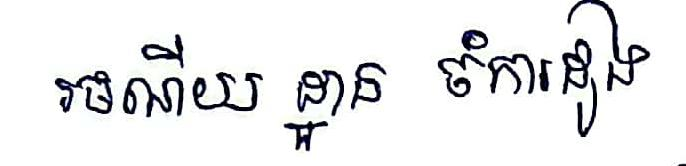
រមណីយ ដ្ឋាន ចំការដូង